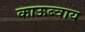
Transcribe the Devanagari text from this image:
काऊब्वाय